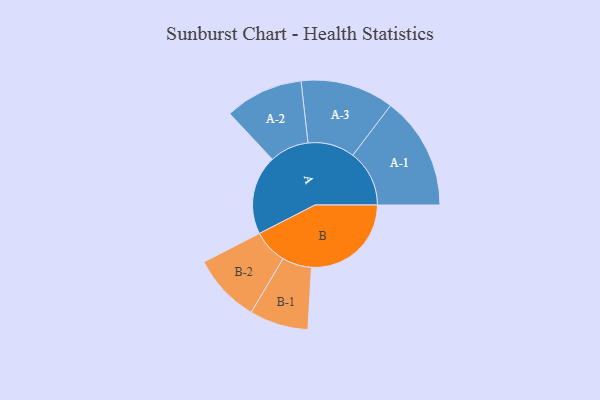
{"axis": {"x": "Segment", "y": "Value"}, "legend": ["", "A", "B"], "data": [{"x": "A", "y": 348, "type": ""}, {"x": "B", "y": 438, "type": ""}, {"x": "A-1", "y": 248, "type": "A"}, {"x": "A-2", "y": 172, "type": "A"}, {"x": "A-3", "y": 205, "type": "A"}, {"x": "B-1", "y": 129, "type": "B"}, {"x": "B-2", "y": 151, "type": "B"}]}